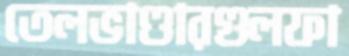
তেলভাণ্ডারগুলফা